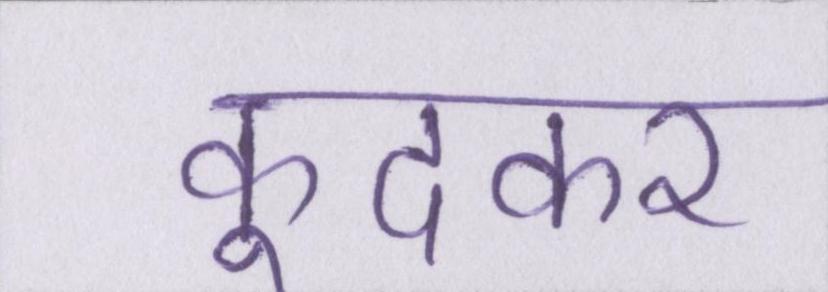
कूदकर